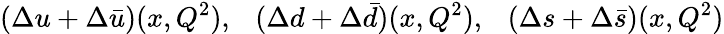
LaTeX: (\Delta u+\Delta\bar{u})(x,Q^{2}),~~~(\Delta d+\Delta\bar{d})(x,Q^{2}),~~~(\Delta s+\Delta\bar{s})(x,Q^{2})